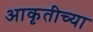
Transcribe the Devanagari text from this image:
आकृतीच्या